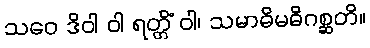
သဝေ ဒိဝါ ဝါ ရတ္တိံ ဝါ၊ သမာဓိမဓိဂစ္ဆတိ။